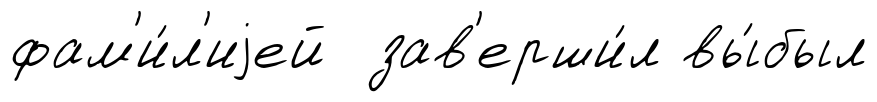
фам'и́л'иjей зав'ерши́л вы́был